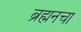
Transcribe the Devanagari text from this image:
ब्रह्मनचा